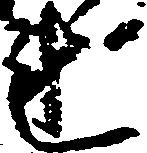
れ